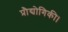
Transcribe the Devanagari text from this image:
प्रौद्योगिकी।